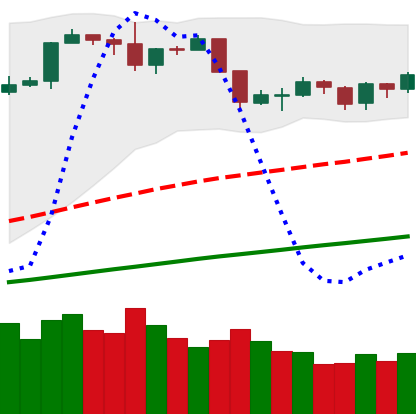
Ticker: BTC-USD
Chart end date: 2019-06-12
Forward return: 14.418%
Label: up_7plus